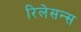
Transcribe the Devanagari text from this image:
रिलेसन्स